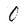
Character: 0